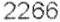
2266